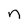
Character: n